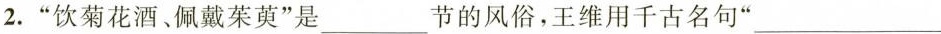
2.”饮菊花酒、佩戴茱萸”是___节的风俗，王维用千古名句”___